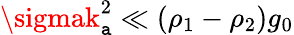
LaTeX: \sigmak_{\mathtt{a}}^{2}\ll(\rho_{1}-\rho_{2})g_{0}